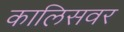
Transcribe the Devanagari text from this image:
कालिसवर